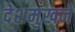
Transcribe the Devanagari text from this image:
देशमुखने